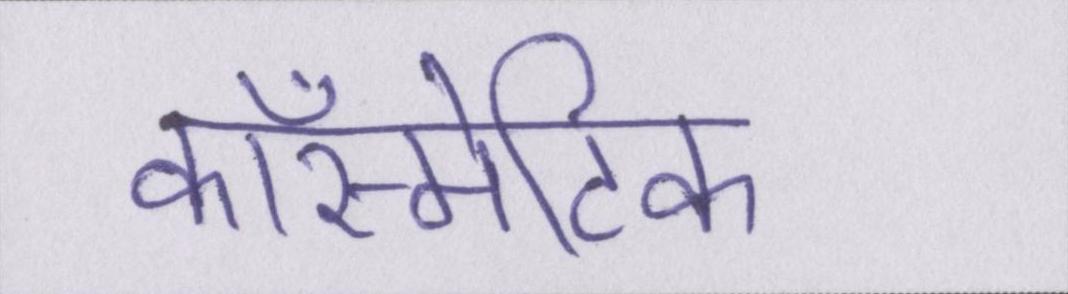
कॉस्मेटिक